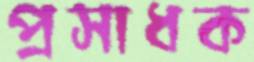
প্রসাধক